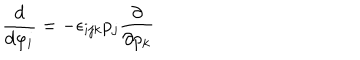
\frac { d } { d \varphi _ { i } } = - \epsilon _ { i j k } p _ { j } \frac { \partial } { \partial p _ { k } }